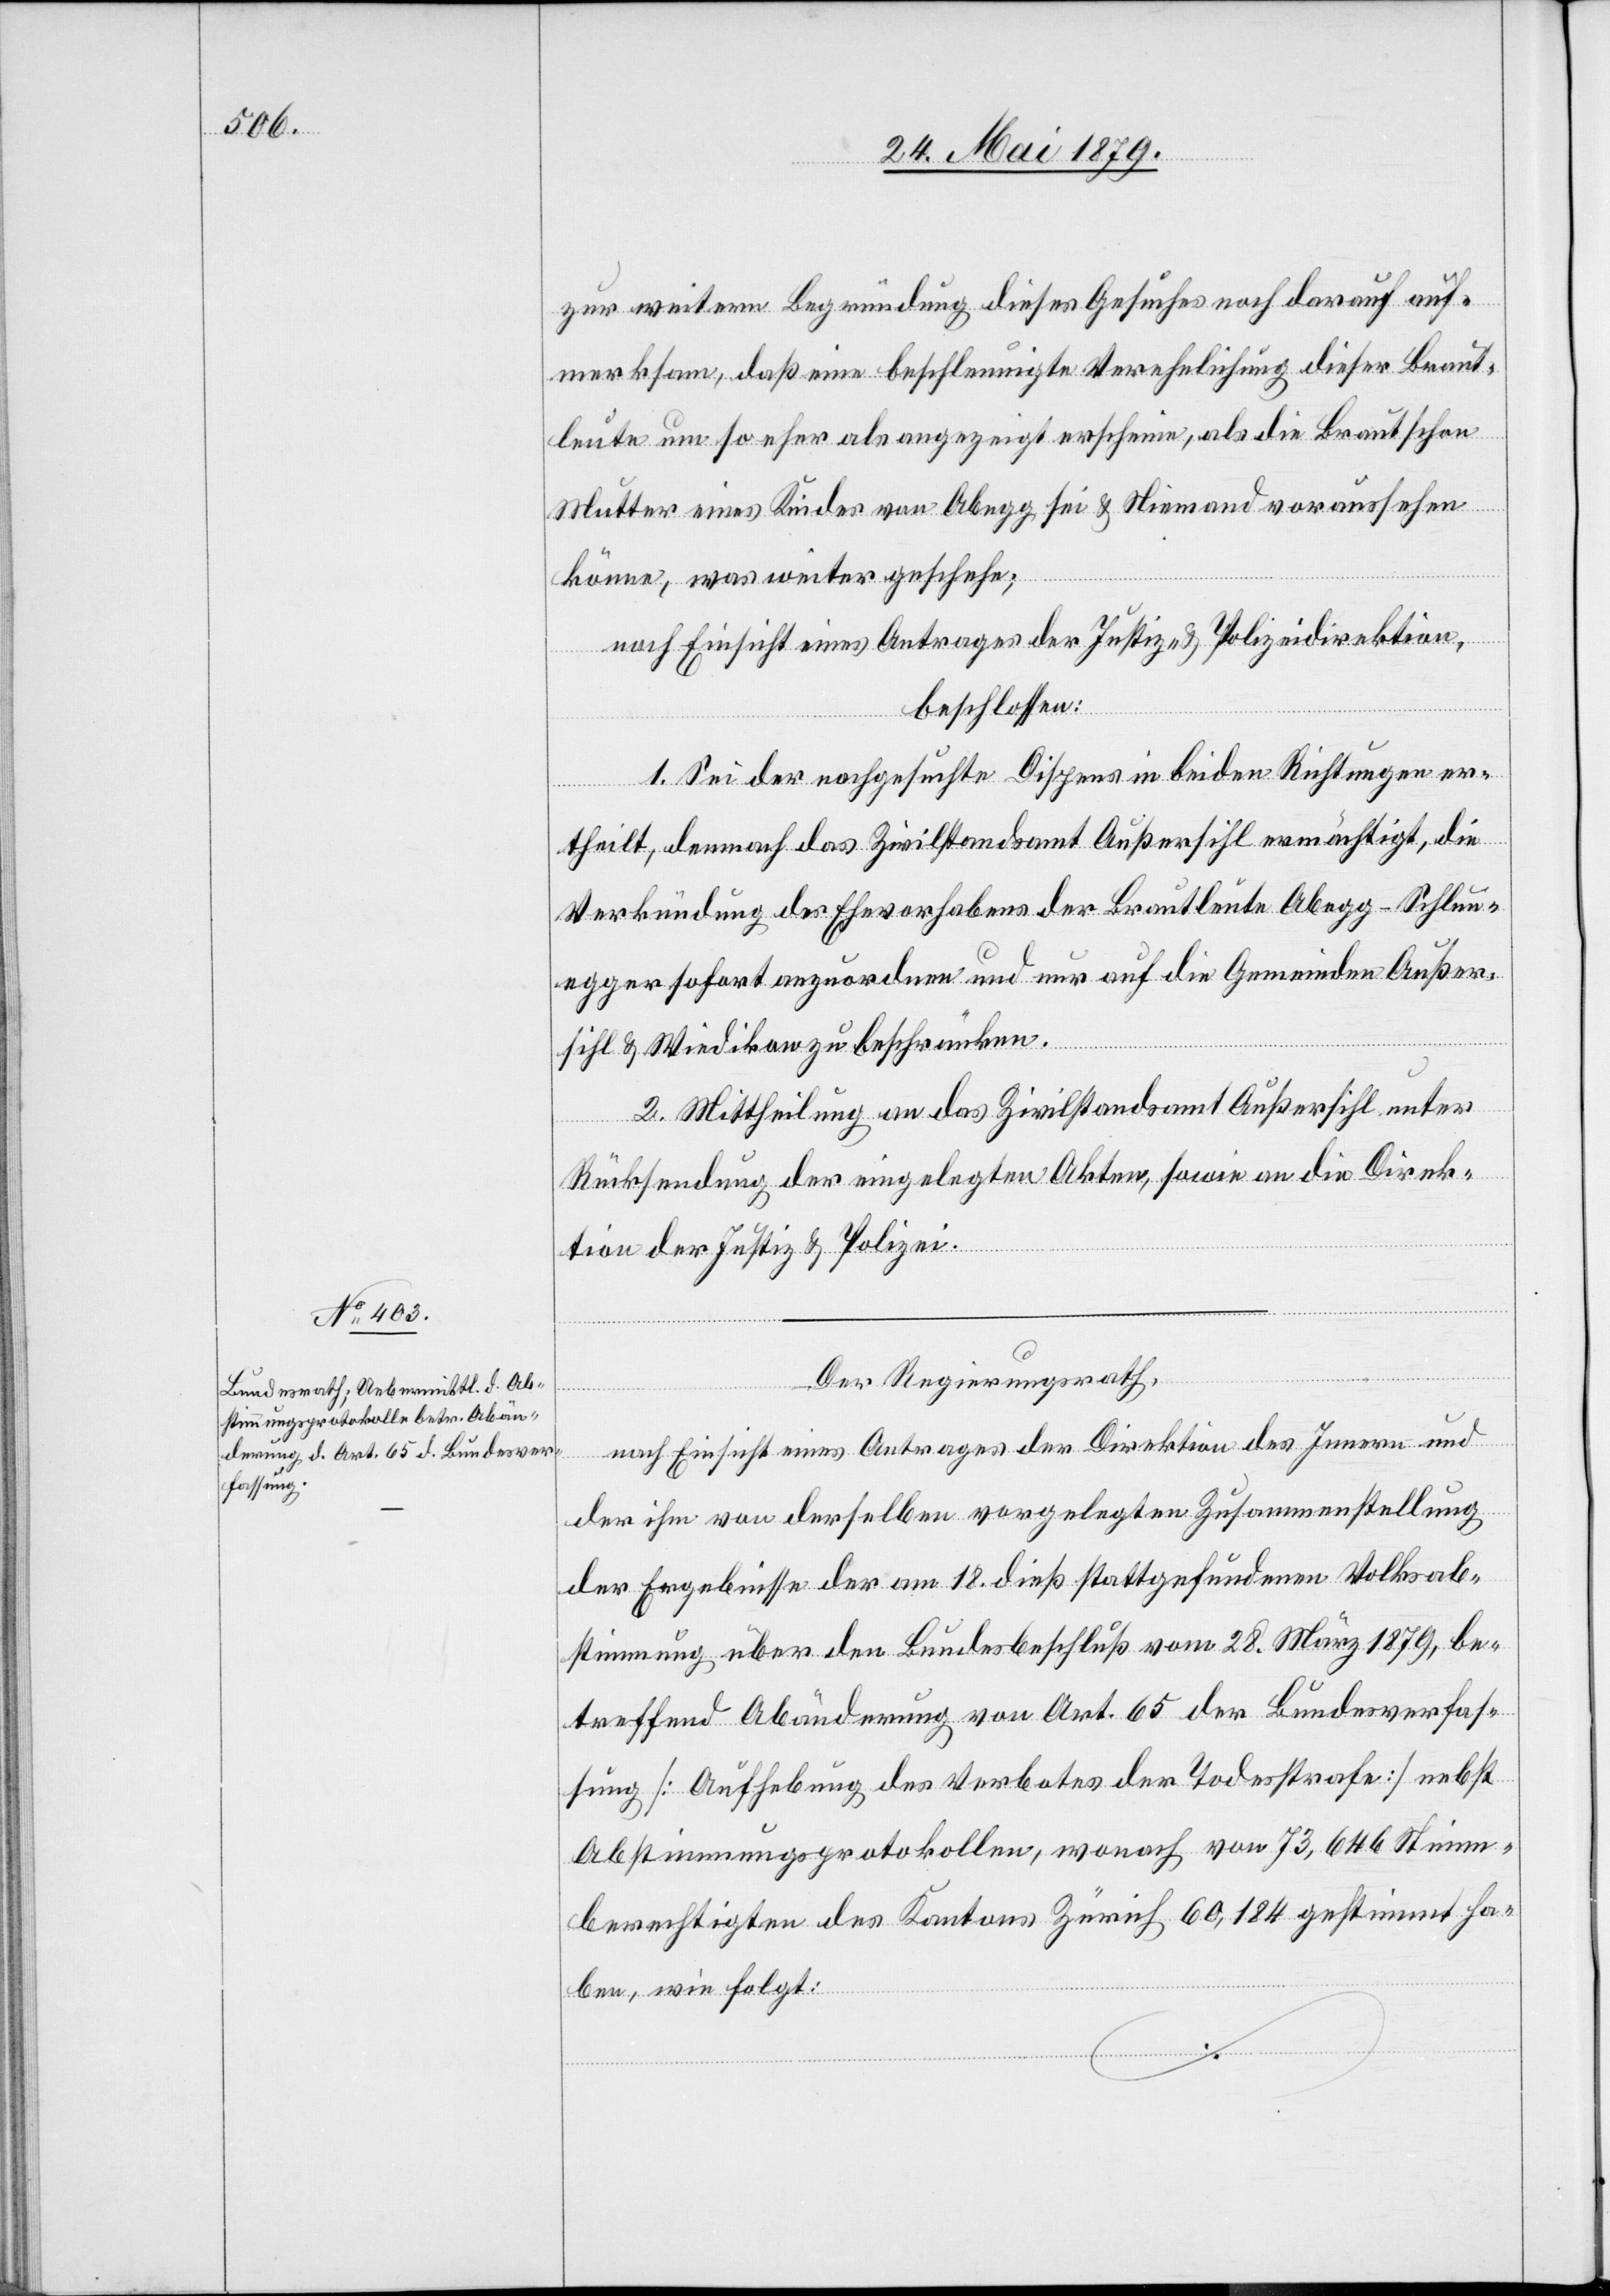
zur weitern Begründung dieses Gesuches noch darauf auf¬
merksam, daß eine beschleunigte Verehelichung dieser Braut¬
leute um so eher als angezeigt erscheine, als die Braut schon
Mutter eines Kindes von Abegg sei & Niemand voraussehen
könne, was weiter geschehe;
nach Einsicht eines Antrages der Justiz- & Polizeidirektion,
beschlossen:
1. Sei der nachgesuchte Dispens in beiden Richtungen er¬
theilt, demnach das Zivilstandsamt Außersihl ermächtigt, die
Verkündung des Ehevorhabens der Brautleute Abegg-Schlun¬
egger sofort anzuordnen und nur auf die Gemeinden Außer¬
sihl & Wiedikon zu beschränken.
2. Mittheilung an das Zivilstandsamt Außersihl, unter
Rücksendung der eingelegten Akten, sowie an die Direk¬
tion der Justiz & Polizei.
Der Regierungsrath,
nach Einsicht eines Antrages der Direktion des Innern und
der ihm von derselben vorgelegten Zusammenstellung
der Ergebnisse der am 18. dieß stattgefundenen Volksab¬
stimmung über den Bundesbeschluß vom 28. März 1879, be¬
treffend Abänderung von Art. 65 der Bundesverfas¬
sung [Aufhebung des Verbotes der Todesstrafe] nebst
Abstimmungsprotokollen, wonach von 73,646 Stimm¬
berechtigten des Kantons Zürich 60,184 gestimmt ha¬
ben, wie folgt: